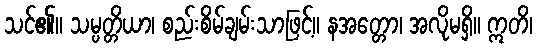
သင်၏။ သမ္ပတ္တိယာ၊ စည်းစိမ်ချမ်းသာဖြင့်။ နအတ္တော၊ အလိုမရှိ။ ဣတိ၊